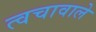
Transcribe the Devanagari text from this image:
त्वचावाले